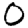
Digit: 0